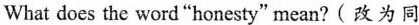
What does the word"honesty" mean?( 改为同